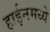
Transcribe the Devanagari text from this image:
हाईनमध्ये